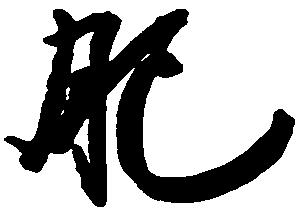
肥